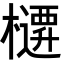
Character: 𭬜